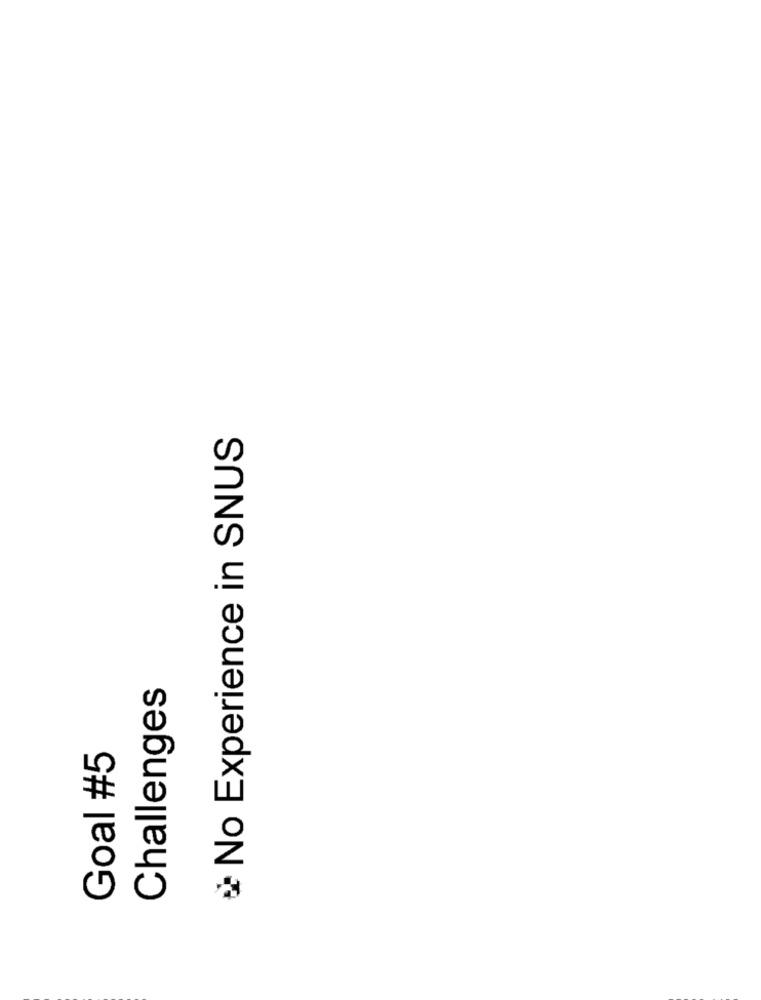
No Experience in SNUS
Challenges
Goal #5